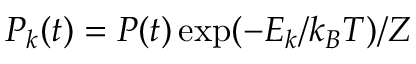
P _ { k } ( t ) = P ( t ) \exp ( - E _ { k } / k _ { B } T ) / Z